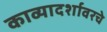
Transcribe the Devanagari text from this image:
काव्यादर्शावरचे